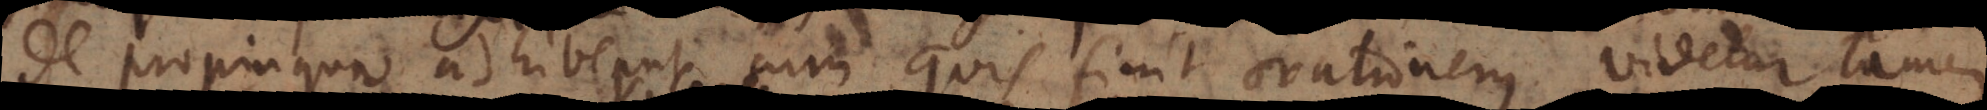
de propinquo adhibeant cum quis finit orationem videtur tamen